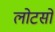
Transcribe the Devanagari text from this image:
लोटसों